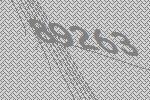
89263